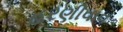
હરણીવાવ